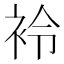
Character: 袊